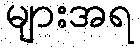
များအရ